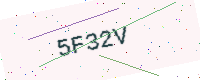
Text: 5F32V